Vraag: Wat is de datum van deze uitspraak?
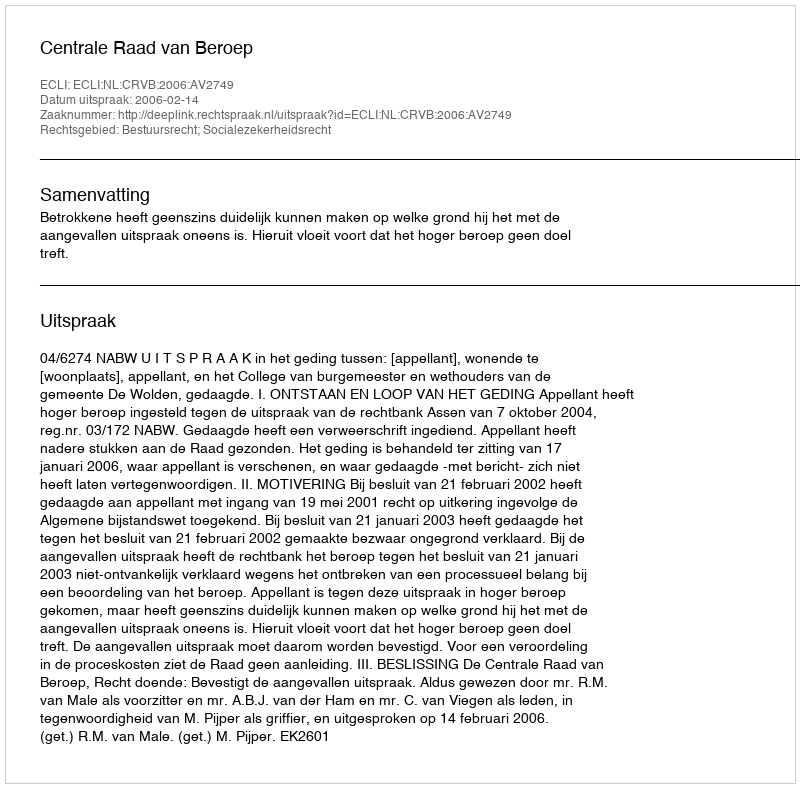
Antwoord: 2006-02-14